Medical and sanitary report of the native army of Bengal for the year
Year: 1875
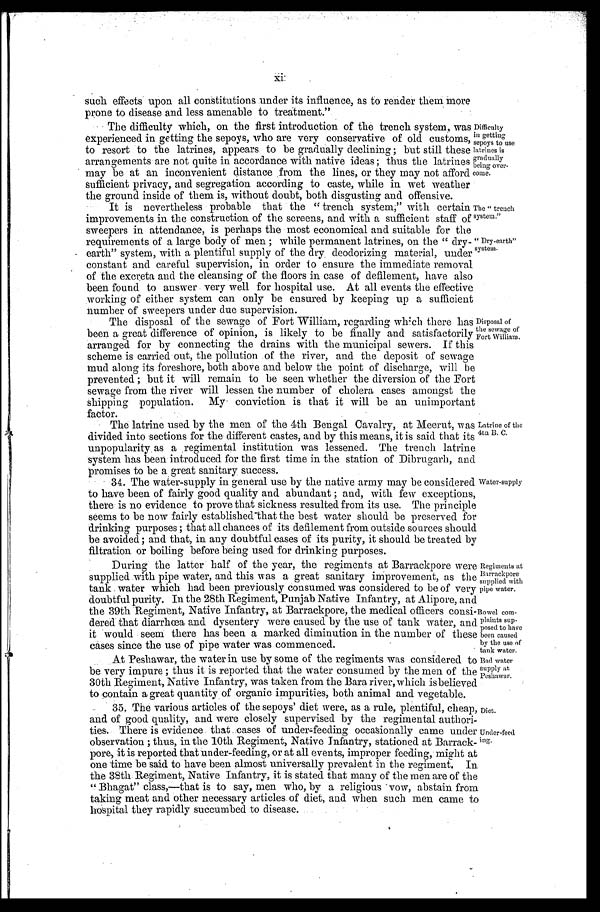
Diet.
Under-feed
ing.
xi
.
such effects upon all constitutions under its influence, as to render them more
prone to disease and less amenable to treatment."
The difficulty which, on the first introduction of the trench system, was
experienced in getting the sepoys, who are very conservative of old customs,
to resort to the latrines, appears to be gradually declining; but still these
arrangements are not quite in accordance with native ideas; thus the latrines
may be at an inconvenient distance from the lines, or they may not afford
sufficient privacy, and segregation according to caste, while in wet weather
the ground inside of them is, without doubt, both disgusting and offensive.
It is nevertheless probable that the "trench system," with certain
improvements in the construction of the screens, and with a sufficient staff of
sweepers in attendance, is perhaps the most economical and suitable for the
requirements of a large body of men; while permanent latrines, on the "dry-
earth" system, with a plentiful supply of the dry deodorizing material, under
constant and careful supervision, in order to ensure the immediate removal
of the excreta and the cleansing of the floors in case of defilement, have also
been found to answer very well for hospital use. At all events the effective
working of either system can only be ensured by keeping up a sufficient
number of sweepers under due supervision.
Difficulty
in getting
sepoys to use
latrines is
gradually
being over
-come.
The "trench
system." "Dry-earth
" system.
The disposal of the sewage of Fort William, regarding wh ich there has
been a great difference of opinion, is likely to be finally and satisfactorily
arranged for by connecting the drains with the municipal sewers. If this
scheme is carried out, the pollution of the river, and the deposit of sewage
mud along its foreshore, both above and below the point of discharge, will be
prevented; but it will remain to be seen whether the diversion of the Fort
sewage from the river will lessen the number of cholera cases amongst the
shipping population. My conviction is that it will be an unimportant
factor.
The latrine used by the men of the 4th Bengal Cavalry, at Meerut, was
divided into sections for the different castes, and by this means, it is said that its
unpopularity as a regimental institution was lessened. The trench latrine
system has been introduced for the first time in the station of Dibrugarh, and
promises to be a great sanitary success.
Disposal of
the sewage of
Fort William.
Latrine of the
4th B. C.
34. The water-supply in general use by the native army may be considered
to have been of fairly good quality and abundant; and, with few exceptions,
there is no evidence to prove that sickness resulted from its use. The principle
seems to be now fairly established that the best water should be preserved for
drinking purposes; that all chances of its defilement from outside sources should
be avoided; and that, in any doubtful cases of its purity, it should be treated by
filtration or boiling before being used for drinking purposes.
Water-supply
During the latter half of the year, the regiments at Barrackpore were
supplied with pipe water, and this was a great sanitary im provement, as the
tank water which had been previously consumed was considered to be of very
doubtful purity. In the 28th Regiment, Punjab Native Infantry, at Alipore, and
the 39th Regiment, Native Infantry, at Barrackpore, the medical officers consi- Bowel coin-
dered that diarrhœa and dysentery were caused by the use of tank water, and
it would seem there has been a marked diminution in the number of these
cases since the use of pipe water was commenced.
-
tank water.
Regiments at
Barrackpore
supplied with
pipe water.
At Peshawar, the water in use by some of the regiments was considered to
be very impure; thus it is reported that the water consumed by the men of the
30th Regiment, Native Infantry, was taken from the Bara river, which is believed
to contain a great quantity of organic impurities, both animal and vegetable.
35. The various articles of the sepoys' diet were, as a rule, plentiful, cheap,
and of good quality, and were closely supervised by the regimental authori
-ties. There is evidence that cases of under-feeding occasi onal l yc a m e u n d e r
observation; thus, in the 10th Regiment, Native Infantry, stationed at Barrack-
pore, it is reported that under-feeding, or at all events, improper feeding, might at
one time be said to have been almost universally prevalent in the regiment. In
the 38th Regiment, Native Infantry, it is stated that many of the men are of the
" Bhagat" class,—that is to say, men who, by a religious vow, abstain from
taking meat and other necessary articles of diet, and when such men came to
hospital they rapidly succumbed to disease.
Bad water
supply at
Peshawar.